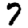
Digit: 7